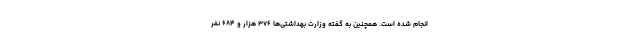
انجام شده است. همچنین به گفته وزارت بهداشتی‌ها ۳۷۶ هزار و ۶۸۴ نفر